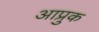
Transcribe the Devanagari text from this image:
आप्रुक